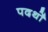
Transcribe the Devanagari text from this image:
पदर्थों